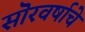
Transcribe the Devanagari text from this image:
सॊरवर्षाचे